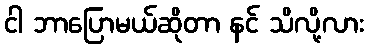
ငါ ဘာပြောမယ်ဆိုတာ နင် သိလို့လား